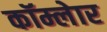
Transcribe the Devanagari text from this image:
कॉम्लेार